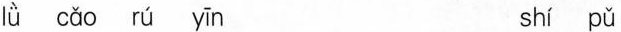
lǜ cǎo rú yīn shí pǔ